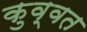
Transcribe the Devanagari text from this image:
कुव्‍वत